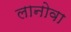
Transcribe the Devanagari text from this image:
लानोवा